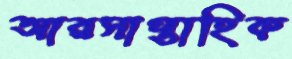
আরসাপ্তাহিক